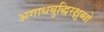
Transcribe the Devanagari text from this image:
अगाधबुद्धिरक्षुब्धो